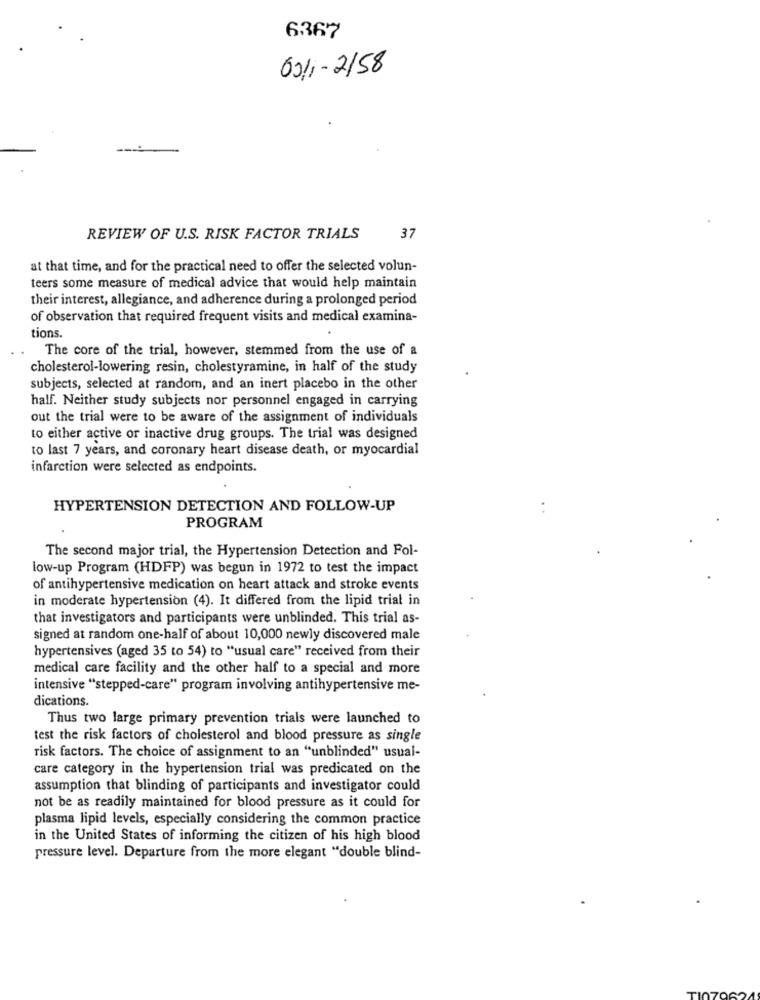
6367
02/1 - 2/58
REVIEW OF U.S. RISK FACTOR TRIALS
37
at that time, and for the practical need to offer the selected volun-
teers some measure of medical advice that would help maintain
their interest, allegiance, and adherence during a prolonged period
of observation that required frequent visits and medical examina-
tions.
The core of the trial, however, stemmed from the use of a
cholesterol-lowering resin, cholestyramine, in half of the study
subjects, selected at random, and an inert placebo in the other
half. Neither study subjects nor personnel engaged in carrying
out the trial were to be aware of the assignment of individuals
to either active or inactive drug groups. The trial was designed
to last 7 years, and coronary heart disease death, or myocardial
infarction were selected as endpoints.
HYPERTENSION DETECTION AND FOLLOW-UP
PROGRAM
The second major trial, the Hypertension Detection and Fol-
low-up Program (HDFP) was begun in 1972 to test the impact
of antihypertensive medication on heart attack and stroke events
in moderate hypertension (4). It differed from the lipid trial in
that investigators and participants were unblinded. This trial as-
signed at random one-half of about 10,000 newly discovered male
hypertensives (aged 35 to 54) to "usual care" received from their
medical care facility and the other half to a special and more
intensive "stepped-care" program involving antihypertensive me-
dications.
Thus two large primary prevention trials were launched to
test the risk factors of cholesterol and blood pressure as single
risk factors. The choice of assignment to an "unblinded" usual-
care category in the hypertension trial was predicated on the
assumption that blinding of participants and investigator could
not be as readily maintained for blood pressure as it could for
plasma lipid levels, especially considering the common practice
in the United States of informing the citizen of his high blood
pressure level. Departure from the more elegant "double blind-